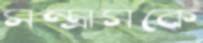
সন্ত্রাসকে